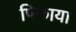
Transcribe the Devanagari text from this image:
पिकाया